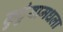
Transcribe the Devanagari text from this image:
कुटुंबामधला